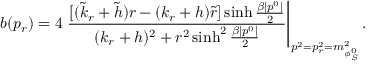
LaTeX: b ( p _ { r } ) = 4 \left. \frac { [ ( \tilde { k } _ { r } + \tilde { h } ) r - ( k _ { r } + h ) \tilde { r } ] \sinh \frac { \beta | p ^ { 0 } | } { 2 } } { ( k _ { r } + h ) ^ { 2 } + r ^ { 2 } \sinh ^ { 2 } \frac { \beta | p ^ { 0 } | } { 2 } } \right| _ { p ^ { 2 } = p _ { r } ^ { 2 } = m _ { \phi _ { S } ^ { 0 } } ^ { 2 } } .